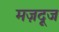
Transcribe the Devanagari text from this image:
मज़दूज